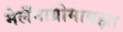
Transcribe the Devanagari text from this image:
मेलँनाग्रोमायझा